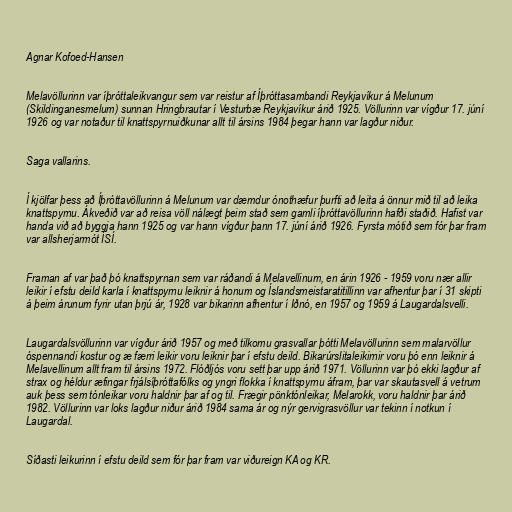
Agnar Kofoed-Hansen

Melavöllurinn var íþróttaleikvangur sem var reistur af Íþróttasambandi Reykjavíkur á Melunum
(Skildinganesmelum) sunnan Hringbrautar í Vesturbæ Reykjavíkur árið 1925. Völlurinn var vígður 17. júní
1926 og var notaður til knattspyrnuiðkunar allt til ársins 1984 þegar hann var lagður niður.

Saga vallarins.

Í kjölfar þess að Íþróttavöllurinn á Melunum var dæmdur ónothæfur þurfti að leita á önnur mið til að leika
knattspyrnu. Ákveðið var að reisa völl nálægt þeim stað sem gamli íþróttavöllurinn hafði staðið. Hafist var
handa við að byggja hann 1925 og var hann vígður þann 17. júní árið 1926. Fyrsta mótið sem fór þar fram
var allsherjarmót ÍSÍ.

Framan af var það þó knattspyrnan sem var ráðandi á Melavellinum, en árin 1926 - 1959 voru nær allir
leikir í efstu deild karla í knattspyrnu leiknir á honum og Íslandsmeistaratitillinn var afhentur þar í 31 skipti
á þeim árunum fyrir utan þrjú ár, 1928 var bikarinn afhentur í Iðnó, en 1957 og 1959 á Laugardalsvelli.

Laugardalsvöllurinn var vígður árið 1957 og með tilkomu grasvallar þótti Melavöllurinn sem malarvöllur
óspennandi kostur og æ færri leikir voru leiknir þar í efstu deild. Bikarúrslitaleikirnir voru þó enn leiknir á
Melavellinum allt fram til ársins 1972. Flóðljós voru sett þar upp árið 1971. Völlurinn var þó ekki lagður af
strax og héldur æfingar frjálsíþróttafólks og yngri flokka í knattspyrnu áfram, þar var skautasvell á vetrum
auk þess sem tónleikar voru haldnir þar af og til. Frægir pönktónleikar, Melarokk, voru haldnir þar árið
1982. Völlurinn var loks lagður niður árið 1984 sama ár og nýr gervigrasvöllur var tekinn í notkun í
Laugardal.

Síðasti leikurinn í efstu deild sem fór þar fram var viðureign KA og KR.